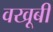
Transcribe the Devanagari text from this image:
वखूबी